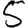
Digit: 5